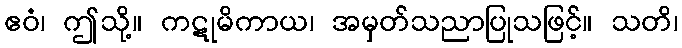
ဧဝံ၊ ဤသို့။ ကဋုမိကာယ၊ အမှတ်သညာပြုသဖြင့်။ သတိ၊